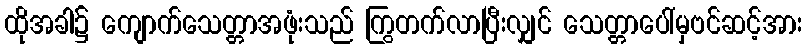
ထိုအခါ၌ ကျောက်သေတ္တာအဖုံးသည် ကြွတက်လာပြီးလျှင် သေတ္တာပေါ်မှဗင်ဆင့်အား